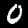
Digit: 0